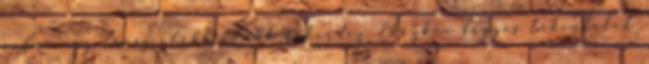
volna egy orosz előbb utóbb rákérdez. Eközben fagyos tekintetet